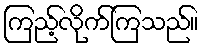
ကြည့်လိုက်ကြသည်။